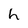
Character: h